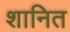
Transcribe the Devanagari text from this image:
शानित